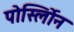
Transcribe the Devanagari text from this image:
पोर्स्लोिन